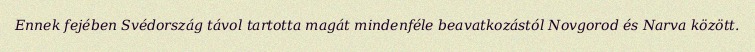
Ennek fejében Svédország távol tartotta magát mindenféle beavatkozástól Novgorod és Narva között.